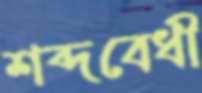
শব্দবেধী